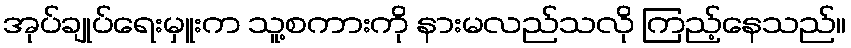
အုပ်ချုပ်ရေးမှူးက သူ့စကားကို နားမလည်သလို ကြည့်နေသည်။